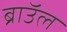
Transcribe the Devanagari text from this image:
ब्राॅउल